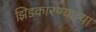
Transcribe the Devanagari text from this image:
झिडकारण्याच्या